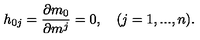
h _ { 0 j } = \frac { \partial m _ { 0 } } { \partial m ^ { j } } = 0 , \quad ( j = 1 , . . . , n ) .